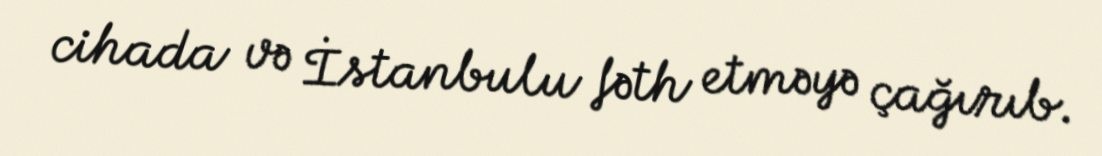
cihada və İstanbulu fəth etməyə çağırıb.